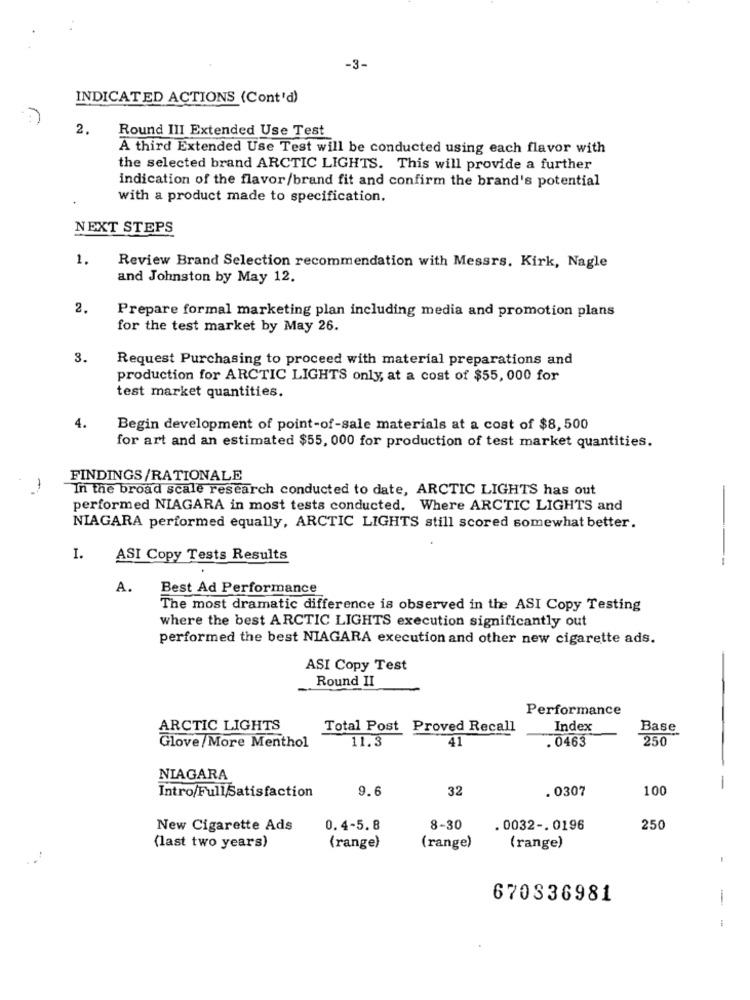
-3-
INDICATED ACTIONS (Cont'd)
2.
Round III Extended Use Test
A third Extended Use Test will be conducted using each flavor with
the selected brand ARCTIC LIGHTS. This will provide a further
indication of the flavor/brand fit and confirm the brand's potential
with a product made to specification.
NEXT STEPS
1.
Review Brand Selection recommendation with Messrs. Kirk, Nagle
and Johnston by May 12.
2.
Prepare formal marketing plan including media and promotion plans
for the test market by May 26.
3.
Request Purchasing to proceed with material preparations and
production for ARCTIC LIGHTS only, at a cost of $55, 000 for
test market quantities.
4.
Begin development of point-of-sale materials at a cost of $8, 500
for art and an estimated $55, 000 for production of test market quantities.
FINDINGS/RATIONALE
-
In the broad scale research conducted to date, ARCTIC LIGHTS has out
-
performed NIAGARA in most tests conducted. Where ARCTIC LIGHTS and
NIAGARA performed equally, ARCTIC LIGHTS still scored somewhat better.
I.
ASI Copy Tests Results
A.
Best Ad Performance
The most dramatic difference is observed in the ASI Copy Testing
where the best ARCTIC LIGHTS execution significantly out
performed the best NIAGARA execution and other new cigarette ads.
ASI Copy Test
Round II
Performance
ARCTIC LIGHTS
Total Post Proved Recall
Index
Base
11.3
41
. 0463
250
Glove /More Menthol
NIAGARA
9.6
32
. 0307
100
-
Intro/FullSatisfaction
New Cigarette Ads
0.4-5.8
8-30
. 0032 -. 0196
250
(last two years)
(range)
(range)
(range)
670336981
-